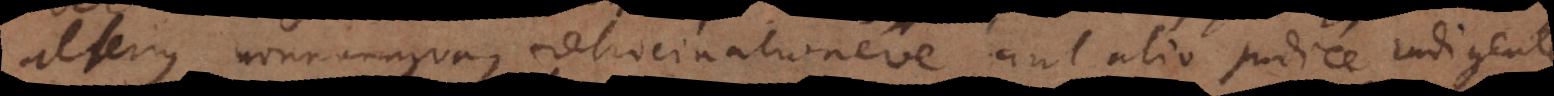
alterius nonnunquam ratiocinationeve aut alio judice indigentes.